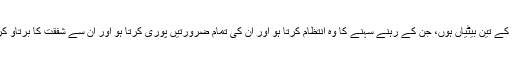
(ابن ماجہ)ایک روایت میں فرمایا: جس شخص کے تین بیٹیاں ہوں، جن کے رہنے سہنے کا وہ انتظام کرتا ہو اور اُن کی تمام ضرورتیں پوری کرتا ہو اور اُن سے شفقت کا برتاؤ کرتا ہو تو یقیناً اس کے لیے جنت واجب ہو گئی۔